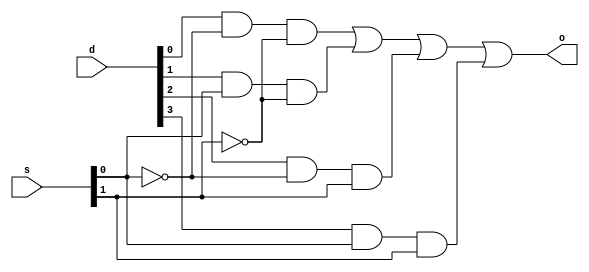
// Ali Iqbal 
// m4x1.v
//
// how to compile: ~changw/ivl/bin/iverilog decoder1x2.v
// how to run: ./a.out

module MuxMod(s, d, o); // module definition
   input [1:0] s; 
   input [3:0] d;
   output o;

   wire [1:0] s_inv; 
   wire [3:0] and_out;

   not(s_inv[1], s[1]);
   not(s_inv[0], s[0]);
   and(and_out[0], d[0], s_inv[0], s_inv[1]);
   and(and_out[1], d[1], s[0], s_inv[1]);
   and(and_out[2], d[2], s_inv[0], s[1]);
   and(and_out[3], d[3], s[0], s[1]);
   or(o, and_out[0], and_out[1], and_out[2], and_out[3]);

endmodule

module TestMod; 
   reg [1:0] s; 
   reg [3:0] d;       
   wire o;                          

   MuxMod my_mux(s, d, o); // create instance

   initial begin
      $monitor("%0d\t%b\t%b\t%b\t%b\t%b\t%b\t%b", $time, s[1], s[0], d[0], d[1], d[2], d[3], o);
      $display("Time\ts1\ts0\td0\td1\td2\td3\to");
      $display("---------------------------------------------------------");
   end

   initial begin
      s[1] = 0; s[0] = 0; d[0] = 0; d[1] = 0; d[2] = 0; d[3] = 0; // initially 000000
      #1;											  // wait 1 simulation time unit/cycle
      s[1] = 0; s[0] = 0; d[0] = 0; d[1] = 0; d[2] = 0; d[3] = 1; // initially 000001
      #1;											  // wait 1 simulation time unit/cycle
      s[1] = 0; s[0] = 0; d[0] = 0; d[1] = 0; d[2] = 1; d[3] = 0; // initially 000010
      #1;											  // wait 1 simulation time unit/cycle
      s[1] = 0; s[0] = 0; d[0] = 0; d[1] = 0; d[2] = 1; d[3] = 1; // initially 000011
      #1;                                             // wait 1 simulation time unit/cycle
      s[1] = 0; s[0] = 0; d[0] = 0; d[1] = 1; d[2] = 0; d[3] = 0; // initially 000100
      #1;                                             // wait 1 simulation time unit/cycle
      s[1] = 0; s[0] = 0; d[0] = 0; d[1] = 1; d[2] = 0; d[3] = 1; // initially 000101
      #1;                                             // wait 1 simulation time unit/cycle
      s[1] = 0; s[0] = 0; d[0] = 0; d[1] = 1; d[2] = 1; d[3] = 0; // initially 000110
      #1;                                             // wait 1 simulation time unit/cycle
      s[1] = 0; s[0] = 0; d[0] = 0; d[1] = 1; d[2] = 1; d[3] = 1; // initially 000111
      #1;                                             // wait 1 simulation time unit/cycle
      s[1] = 0; s[0] = 0; d[0] = 1; d[1] = 0; d[2] = 0; d[3] = 0; // initially 001000
      #1;                                             // wait 1 simulation time unit/cycle
      s[1] = 0; s[0] = 0; d[0] = 1; d[1] = 0; d[2] = 0; d[3] = 1; // initially 001001
      #1;                                             // wait 1 simulation time unit/cycle
      s[1] = 0; s[0] = 0; d[0] = 1; d[1] = 0; d[2] = 1; d[3] = 0; // initially 001010
      #1;                                             // wait 1 simulation time unit/cycle
      s[1] = 0; s[0] = 0; d[0] = 1; d[1] = 0; d[2] = 1; d[3] = 1; // initially 001011
      #1;                                             // wait 1 simulation time unit/cycle
      s[1] = 0; s[0] = 0; d[0] = 1; d[1] = 1; d[2] = 0; d[3] = 0; // initially 001100
      #1;                                             // wait 1 simulation time unit/cycle
      s[1] = 0; s[0] = 0; d[0] = 1; d[1] = 1; d[2] = 0; d[3] = 1; // initially 001101
      #1;                                             // wait 1 simulation time unit/cycle
      s[1] = 0; s[0] = 0; d[0] = 1; d[1] = 1; d[2] = 1; d[3] = 0; // initially 001110
      #1;                                             // wait 1 simulation time unit/cycle
      s[1] = 0; s[0] = 0; d[0] = 1; d[1] = 1; d[2] = 1; d[3] = 1; // initially 001111
      #1;                                             // wait 1 simulation time unit/cycle
      s[1] = 0; s[0] = 1; d[0] = 0; d[1] = 0; d[2] = 0; d[3] = 0; // initially 010000
      #1;                                             // wait 1 simulation time unit/cycle
      s[1] = 0; s[0] = 1; d[0] = 0; d[1] = 0; d[2] = 0; d[3] = 1; // initially 010001
      #1;                                             // wait 1 simulation time unit/cycle
      s[1] = 0; s[0] = 1; d[0] = 0; d[1] = 0; d[2] = 1; d[3] = 0; // initially 010010
      #1;                                             // wait 1 simulation time unit/cycle
      s[1] = 0; s[0] = 1; d[0] = 0; d[1] = 0; d[2] = 1; d[3] = 1; // initially 010011
      #1;                                             // wait 1 simulation time unit/cycle
      s[1] = 0; s[0] = 1; d[0] = 0; d[1] = 1; d[2] = 0; d[3] = 0; // initially 010100
      #1;                                             // wait 1 simulation time unit/cycle
      s[1] = 0; s[0] = 1; d[0] = 0; d[1] = 1; d[2] = 0; d[3] = 1; // initially 010101
      #1;                                             // wait 1 simulation time unit/cycle
      s[1] = 0; s[0] = 1; d[0] = 0; d[1] = 1; d[2] = 1; d[3] = 0; // initially 010110
      #1;                                             // wait 1 simulation time unit/cycle
      s[1] = 0; s[0] = 1; d[0] = 0; d[1] = 1; d[2] = 1; d[3] = 1; // initially 010111
      #1;                                             // wait 1 simulation time unit/cycle
      s[1] = 0; s[0] = 1; d[0] = 1; d[1] = 0; d[2] = 0; d[3] = 0; // initially 011000
      #1;                                             // wait 1 simulation time unit/cycle
      s[1] = 0; s[0] = 1; d[0] = 1; d[1] = 0; d[2] = 0; d[3] = 1; // initially 011001
      #1;                                             // wait 1 simulation time unit/cycle
      s[1] = 0; s[0] = 1; d[0] = 1; d[1] = 0; d[2] = 1; d[3] = 0; // initially 011010
      #1;                                             // wait 1 simulation time unit/cycle
      s[1] = 0; s[0] = 1; d[0] = 1; d[1] = 0; d[2] = 1; d[3] = 1; // initially 011011
      #1;                                             // wait 1 simulation time unit/cycle
      s[1] = 0; s[0] = 1; d[0] = 1; d[1] = 1; d[2] = 0; d[3] = 0; // initially 011100
      #1;                                             // wait 1 simulation time unit/cycle
      s[1] = 0; s[0] = 1; d[0] = 1; d[1] = 1; d[2] = 0; d[3] = 1; // initially 011101
      #1;                                             // wait 1 simulation time unit/cycle
      s[1] = 0; s[0] = 1; d[0] = 1; d[1] = 1; d[2] = 1; d[3] = 0; // initially 011110
      #1;                                             // wait 1 simulation time unit/cycle
      s[1] = 0; s[0] = 1; d[0] = 1; d[1] = 1; d[2] = 1; d[3] = 1; // initially 011111
      #1;                                             // wait 1 simulation time unit/cycle
      s[1] = 1; s[0] = 0; d[0] = 0; d[1] = 0; d[2] = 0; d[3] = 0; // initially 100000
      #1;                                             // wait 1 simulation time unit/cycle
      s[1] = 1; s[0] = 0; d[0] = 0; d[1] = 0; d[2] = 0; d[3] = 1; // initially 100001
      #1;                                             // wait 1 simulation time unit/cycle
      s[1] = 1; s[0] = 0; d[0] = 0; d[1] = 0; d[2] = 1; d[3] = 0; // initially 100010
      #1;                                             // wait 1 simulation time unit/cycle
      s[1] = 1; s[0] = 0; d[0] = 0; d[1] = 0; d[2] = 1; d[3] = 1; // initially 100011
      #1;                                             // wait 1 simulation time unit/cycle
      s[1] = 1; s[0] = 0; d[0] = 0; d[1] = 1; d[2] = 0; d[3] = 0; // initially 100100
      #1;                                             // wait 1 simulation time unit/cycle
      s[1] = 1; s[0] = 0; d[0] = 0; d[1] = 1; d[2] = 0; d[3] = 1; // initially 100101
      #1;                                             // wait 1 simulation time unit/cycle
      s[1] = 1; s[0] = 0; d[0] = 0; d[1] = 1; d[2] = 1; d[3] = 0; // initially 100110
      #1;                                             // wait 1 simulation time unit/cycle
      s[1] = 1; s[0] = 0; d[0] = 0; d[1] = 1; d[2] = 1; d[3] = 1; // initially 100111
      #1;                                             // wait 1 simulation time unit/cycle
      s[1] = 1; s[0] = 0; d[0] = 1; d[1] = 0; d[2] = 0; d[3] = 0; // initially 101000
      #1;                                             // wait 1 simulation time unit/cycle
      s[1] = 1; s[0] = 0; d[0] = 1; d[1] = 0; d[2] = 0; d[3] = 1; // initially 101001
      #1;                                             // wait 1 simulation time unit/cycle
      s[1] = 1; s[0] = 0; d[0] = 1; d[1] = 0; d[2] = 1; d[3] = 0; // initially 101010
      #1;                                             // wait 1 simulation time unit/cycle
      s[1] = 1; s[0] = 0; d[0] = 1; d[1] = 0; d[2] = 1; d[3] = 1; // initially 101011
      #1;                                             // wait 1 simulation time unit/cycle
      s[1] = 1; s[0] = 0; d[0] = 1; d[1] = 1; d[2] = 0; d[3] = 0; // initially 101100
      #1;                                             // wait 1 simulation time unit/cycle
      s[1] = 1; s[0] = 0; d[0] = 1; d[1] = 1; d[2] = 0; d[3] = 1; // initially 101101
      #1;                                             // wait 1 simulation time unit/cycle
      s[1] = 1; s[0] = 0; d[0] = 1; d[1] = 1; d[2] = 1; d[3] = 0; // initially 101110
      #1;                                             // wait 1 simulation time unit/cycle
      s[1] = 1; s[0] = 0; d[0] = 1; d[1] = 1; d[2] = 1; d[3] = 1; // initially 101111
      #1;                                             // wait 1 simulation time unit/cycle
      s[1] = 1; s[0] = 1; d[0] = 0; d[1] = 0; d[2] = 0; d[3] = 0; // initially 110000
      #1;                                             // wait 1 simulation time unit/cycle
      s[1] = 1; s[0] = 1; d[0] = 0; d[1] = 0; d[2] = 0; d[3] = 1; // initially 110001
      #1;                                             // wait 1 simulation time unit/cycle
      s[1] = 1; s[0] = 1; d[0] = 0; d[1] = 0; d[2] = 1; d[3] = 0; // initially 110010
      #1;                                             // wait 1 simulation time unit/cycle   
      s[1] = 1; s[0] = 1; d[0] = 0; d[1] = 0; d[2] = 1; d[3] = 1; // initially 110011
      #1;                                             // wait 1 simulation time unit/cycle
      s[1] = 1; s[0] = 1; d[0] = 0; d[1] = 1; d[2] = 0; d[3] = 0; // initially 110100
      #1;                                             // wait 1 simulation time unit/cycle
      s[1] = 1; s[0] = 1; d[0] = 0; d[1] = 1; d[2] = 0; d[3] = 1; // initially 110101
      #1;                                             // wait 1 simulation time unit/cycle
      s[1] = 1; s[0] = 1; d[0] = 0; d[1] = 1; d[2] = 1; d[3] = 0; // initially 110110
      #1;                                             // wait 1 simulation time unit/cycle
      s[1] = 1; s[0] = 1; d[0] = 0; d[1] = 1; d[2] = 1; d[3] = 1; // initially 110111
      #1;                                             // wait 1 simulation time unit/cycle
      s[1] = 1; s[0] = 1; d[0] = 1; d[1] = 0; d[2] = 0; d[3] = 0; // initially 111000
      #1;                                             // wait 1 simulation time unit/cycle
      s[1] = 1; s[0] = 1; d[0] = 1; d[1] = 0; d[2] = 0; d[3] = 1; // initially 111001
      #1;                                             // wait 1 simulation time unit/cycle
      s[1] = 1; s[0] = 1; d[0] = 1; d[1] = 0; d[2] = 1; d[3] = 0; // initially 111010
      #1;                                             // wait 1 simulation time unit/cycle
      s[1] = 1; s[0] = 1; d[0] = 1; d[1] = 0; d[2] = 1; d[3] = 1; // initially 111011
      #1;                                             // wait 1 simulation time unit/cycle
      s[1] = 1; s[0] = 1; d[0] = 1; d[1] = 1; d[2] = 0; d[3] = 0; // initially 111100
      #1;                                             // wait 1 simulation time unit/cycle
      s[1] = 1; s[0] = 1; d[0] = 1; d[1] = 1; d[2] = 0; d[3] = 1; // initially 111101
      #1;                                             // wait 1 simulation time unit/cycle
      s[1] = 1; s[0] = 1; d[0] = 1; d[1] = 1; d[2] = 1; d[3] = 0; // initially 000001
      #1;                                             // wait 1 simulation time unit/cycle
      s[1] = 1; s[0] = 1; d[0] = 1; d[1] = 1; d[2] = 1; d[3] = 1; // initially 111111
      #1;                                             // wait 1 simulation time unit/cycle
   end
endmodule